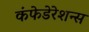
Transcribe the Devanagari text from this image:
कंफेडेरेशन्स